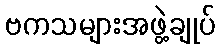
ဗကသများအဖွဲ့ချုပ်